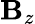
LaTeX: \mathbf{B}_{z}